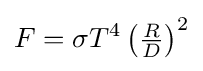
F=\sigma T^{4}\left({\tfrac {R}{D}}\right)^{2}